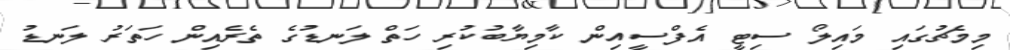
މިމެޗުގައި މައިލޯ ސިޓީ އެފްސީއިން ކާމިޔާބުކުރި ހަތް ލަނޑުގެ ތެރެއިން ހަތަރު ލަނޑު